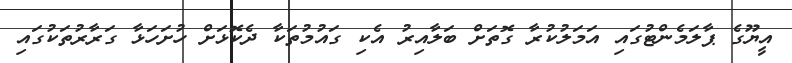
އީޔޫގެ ޕާލަމެންޓުގައި އަމަލުކުރާ ގޮތަށް ބަލާއިރު އެކި ގައުމުތަކާ ދެކޮޅަށް ހުށަހަޅާ ގަރާރުތަކުގައި